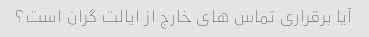
آیا برقراری تماس های خارج از ایالت گران است؟